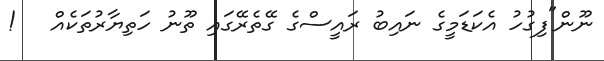
ނޫން"ފިގުހު އެކަޑަމީގެ ނައިބު ރައީސްގެ ގޭތެރޭގައި ތޫނު ހަތިޔާރުތަކެއް   !